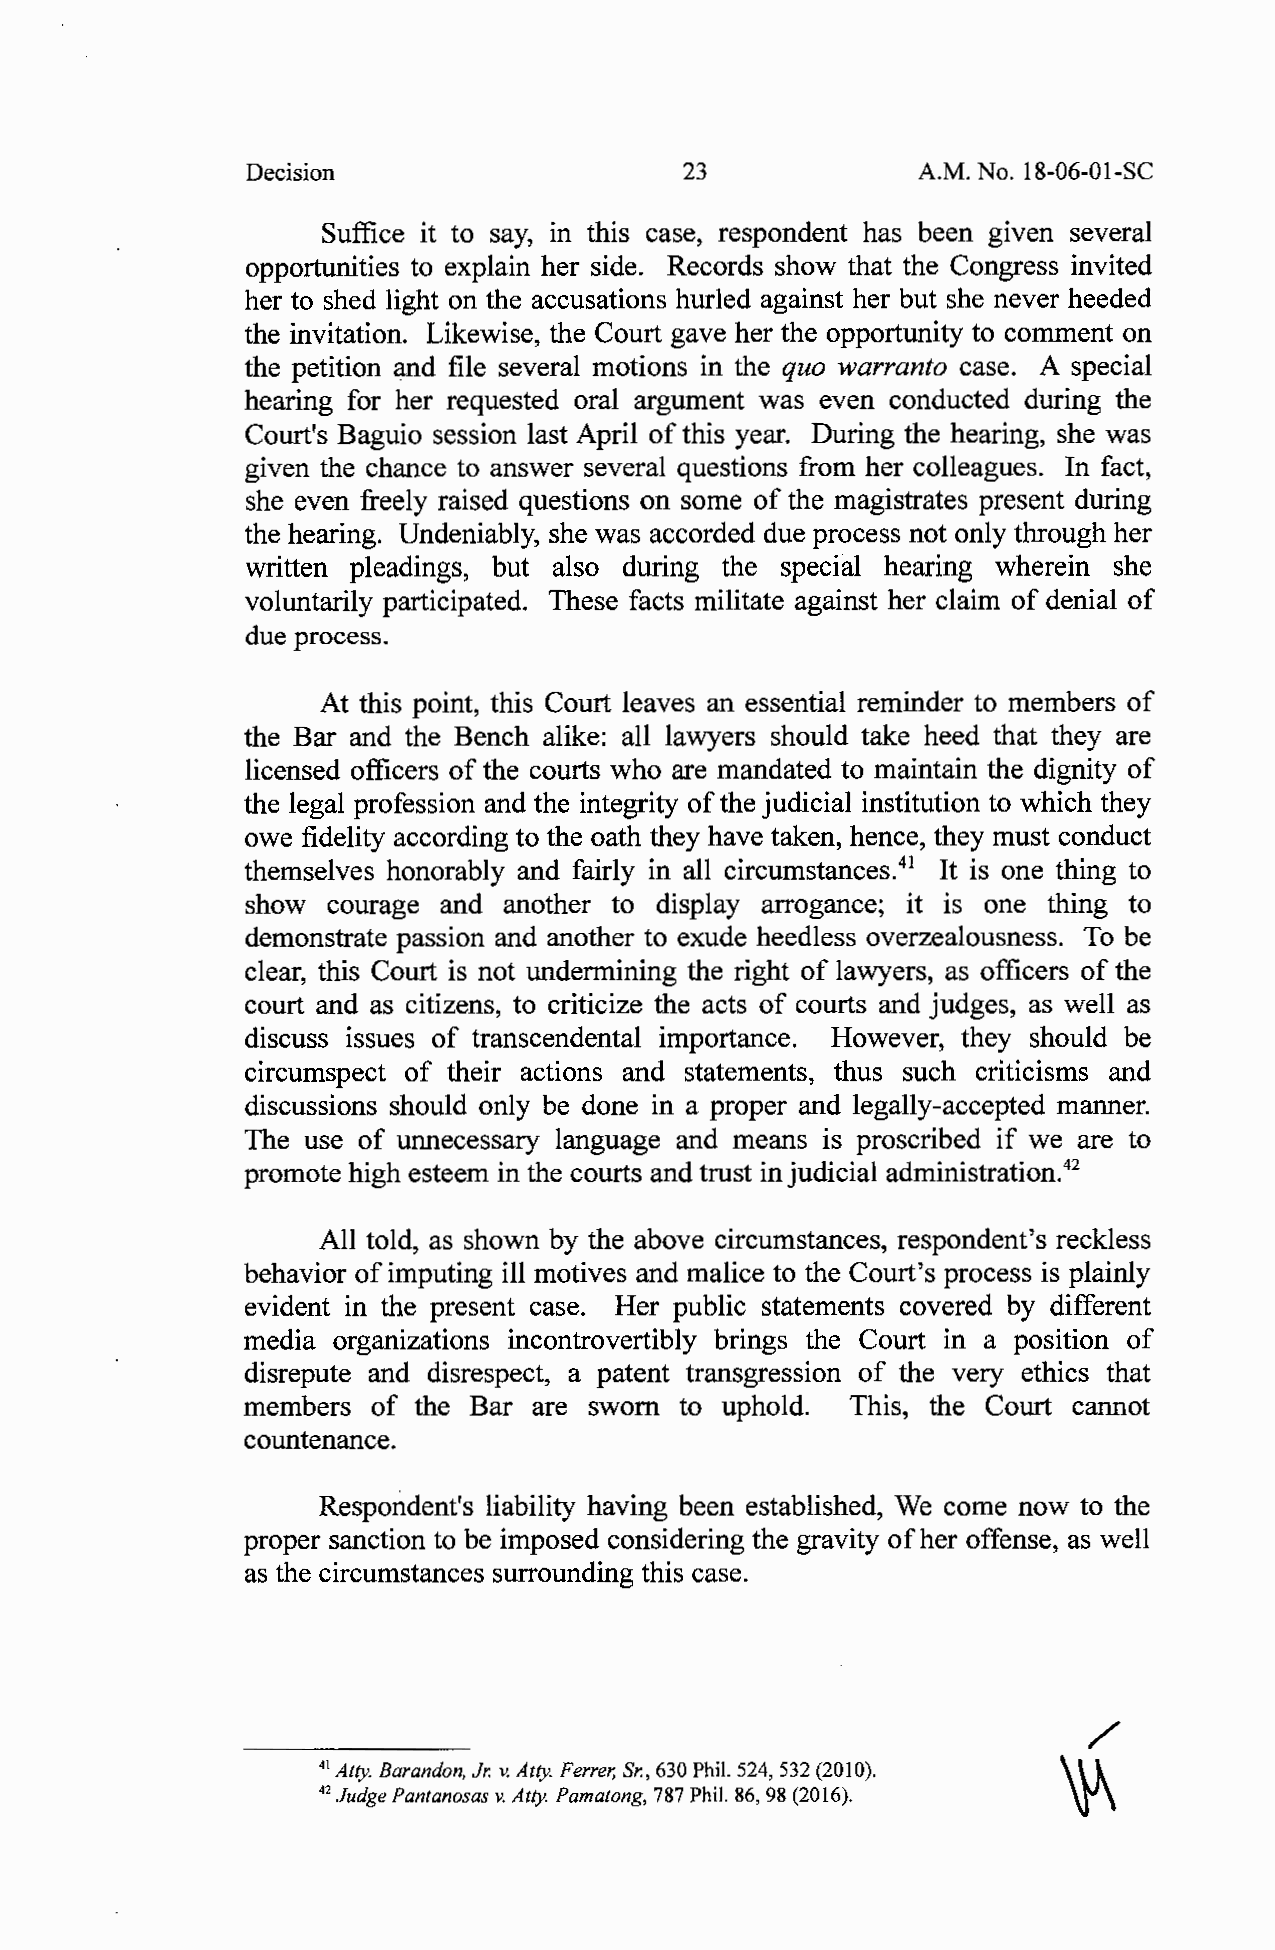
Decision                     23              A.M. No. 18-06-01-SC
 Suffice it to say, in this case, respondent has been given several
 opportunities to explain her side. Records show that the Congress invited
 her to shed light on the accusations hurled against her but she never heeded
 the invitation. Likewise, the Court gave her the opportunity to comment on
 the petition and file several motions in the quo warranto case. A special
 hearing for her requested oral argument was even conducted during the
 Court's Baguio session last April of this year. During the hearing, she was
 given the chance to answer several questions from her colleagues. In fact,
 she even freely raised questions on some of the magistrates present during
 the hearing. Undeniably, she was accorded due process not only through her
 written pleadings, but also during the special hearing wherein she
 voluntarily participated. These facts militate against her claim of denial of
 due process.
 At this point, this Court leaves an essential reminder to members of
 the Bar and the Bench alike: all lawyers should take heed that they are
 licensed officers of the courts who are mandated to maintain the dignity of
 the legal profession and the integrity of the judicial institution to which they
 owe fidelity according to the oath they have taken, hence, they must conduct
 themselves honorably and fairly in all circumstances. 41 It is one thing to
 show courage and another to display arrogance; it is one thing to
 demonstrate passion and another to exude heedless overzealousness. To be
 clear, this Court is not undermining the right of lawyers, as officers of the
 court and as citizens, to criticize the acts of courts and judges, as well as
 discuss issues of transcendental importance. However, they should be
 circumspect of their actions and statements, thus such criticisms and
 discussions should only be done in a proper and legally-accepted manner.
 The use of unnecessary language and means is proscribed if we are to
 promote high esteem in the courts and trust in judicial administration. 42
 All told, as shown by the above circumstances, respondent's reckless
 behavior of imputing ill motives and malice to the Court's process is plainly
 evident in the present case. Her public statements covered by different
 media organizations incontrovertibly brings the Court in a position of
 disrepute and disrespect, a patent transgression of the very ethics that
 members of the Bar are sworn to uphold. This, the Court cannot
 countenance.
 Respondent's liability having been established, We come now to the
 proper sanction to be imposed considering the gravity of her offense, as well
 as the circumstances surrounding this case.
 /
 41 Atty. Barandon, Jr. v. Atty. Ferrer, Sr., 630 Phil. 524, 532 (2010).
 ~
 42 Judge Pantanosas v. Atty. Pamatong, 787 Phil. 86, 98 (2016).